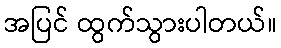
အပြင် ထွက်သွားပါတယ်။